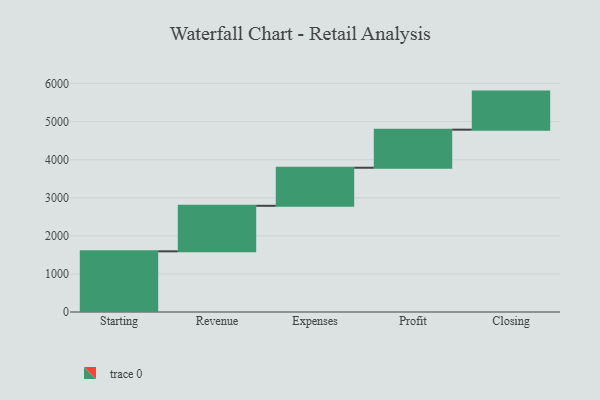
{"axis": {"x": "Step", "y": "Value"}, "legend": [""], "data": [{"x": "Starting", "y": 1594.0, "type": ""}, {"x": "Revenue", "y": 1196.0, "type": ""}, {"x": "Expenses", "y": 1000, "type": ""}, {"x": "Profit", "y": 1000, "type": ""}, {"x": "Closing", "y": 1000, "type": ""}]}